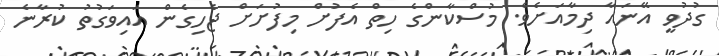
ގުދުވީ އޭނައާ ދިމާއަށެވެ. މުސްކާންގެ ހިތް އެފުށް މިފުށަށް ޖެހިގެން އައިވަގުތު ކުރާނެ